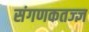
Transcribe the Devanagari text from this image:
संगणकतज्‍ज्ञ